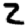
Digit: 2